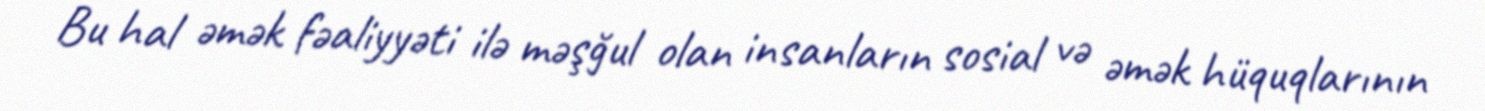
Bu hal əmək fəaliyyəti ilə məşğul olan insanların sosial və əmək hüquqlarının